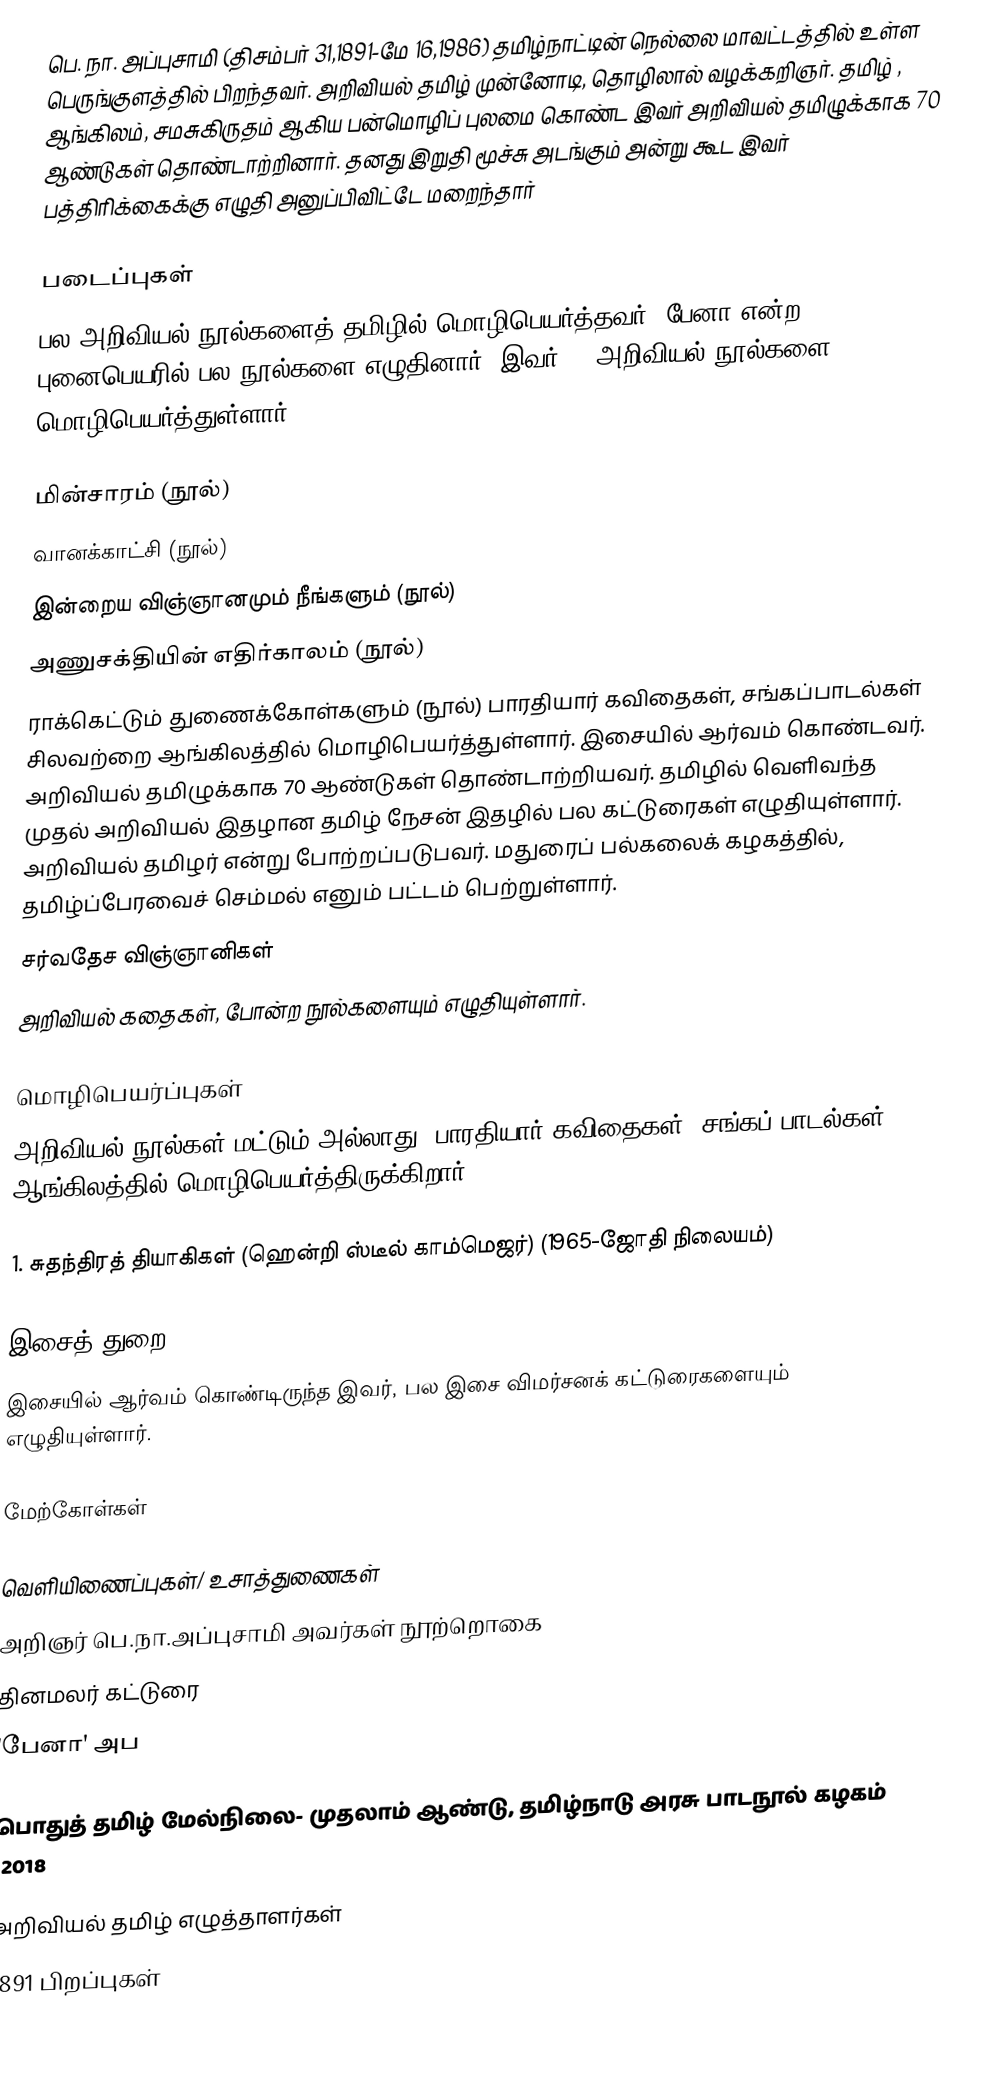
பெ. நா. அப்புசாமி (திசம்பர் 31,1891-மே 16,1986) தமிழ்நாட்டின் நெல்லை மாவட்டத்தில் உள்ள பெருங்குளத்தில் பிறந்தவர். அறிவியல் தமிழ் முன்னோடி, தொழிலால் வழக்கறிஞர்.  தமிழ் , ஆங்கிலம், சமசுகிருதம் ஆகிய பன்மொழிப் புலமை கொண்ட இவர் அறிவியல் தமிழுக்காக 70 ஆண்டுகள் தொண்டாற்றினார். தனது இறுதி மூச்சு அடங்கும் அன்று கூட இவர் பத்திரிக்கைக்கு எழுதி  அனுப்பிவிட்டே மறைந்தார்

படைப்புகள்
பல அறிவியல் நூல்களைத் தமிழில் மொழிபெயர்த்தவர். பேனா என்ற புனைபெயரில் பல நூல்களை எழுதினார். இவர் 25 அறிவியல் நூல்களை மொழிபெயர்த்துள்ளார்.

 மின்சாரம் (நூல்)
 வானக்காட்சி (நூல்)
 இன்றைய விஞ்ஞானமும் நீங்களும் (நூல்)
 அணுசக்தியின் எதிர்காலம் (நூல்)
 ராக்கெட்டும் துணைக்கோள்களும் (நூல்)                                                                                                                                                                                                                                                                                                                                                                                                         பாரதியார் கவிதைகள், சங்கப்பாடல்கள் சிலவற்றை ஆங்கிலத்தில் மொழிபெயர்த்துள்ளார். இசையில் ஆர்வம் கொண்டவர். அறிவியல் தமிழுக்காக 70 ஆண்டுகள் தொண்டாற்றியவர்.  தமிழில் வெளிவந்த முதல் அறிவியல் இதழான தமிழ் நேசன் இதழில் பல கட்டுரைகள் எழுதியுள்ளார். அறிவியல் தமிழர் என்று போற்றப்படுபவர். மதுரைப் பல்கலைக் கழகத்தில், தமிழ்ப்பேரவைச் செம்மல் எனும் பட்டம் பெற்றுள்ளார்.
சர்வதேச விஞ்ஞானிகள்
அறிவியல் கதைகள்,    போன்ற நூல்களையும் எழுதியுள்ளார்.

மொழிபெயர்ப்புகள்
அறிவியல் நூல்கள் மட்டும் அல்லாது, பாரதியார் கவிதைகள்,  சங்கப் பாடல்கள் ஆங்கிலத்தில் மொழிபெயர்த்திருக்கிறார்.

1. சுதந்திரத் தியாகிகள் (ஹென்றி ஸ்டீல் காம்மெஜர்) (1965-ஜோதி நிலையம்)

இசைத் துறை
இசையில் ஆர்வம் கொண்டிருந்த இவர், பல இசை விமர்சனக் கட்டுரைகளையும்  எழுதியுள்ளார்.

மேற்கோள்கள்

வெளியிணைப்புகள்/ உசாத்துணைகள்
 அறிஞர் பெ.நா.அப்புசாமி அவர்கள் நூற்றொகை
 தினமலர் கட்டுரை
 'பேனா' அப

பொதுத் தமிழ் மேல்நிலை- முதலாம் ஆண்டு, தமிழ்நாடு அரசு பாடநூல் கழகம் -2018

அறிவியல் தமிழ் எழுத்தாளர்கள்
1891 பிறப்புகள்